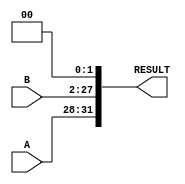
module II
(
    A,
    B,
    RESULT
);
    input [3:0]A;
    input [25:0]B;

    output [31:0]RESULT; 

    assign RESULT = {A, B,2'b00};

endmodule